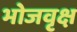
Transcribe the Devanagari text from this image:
भोजवृक्ष